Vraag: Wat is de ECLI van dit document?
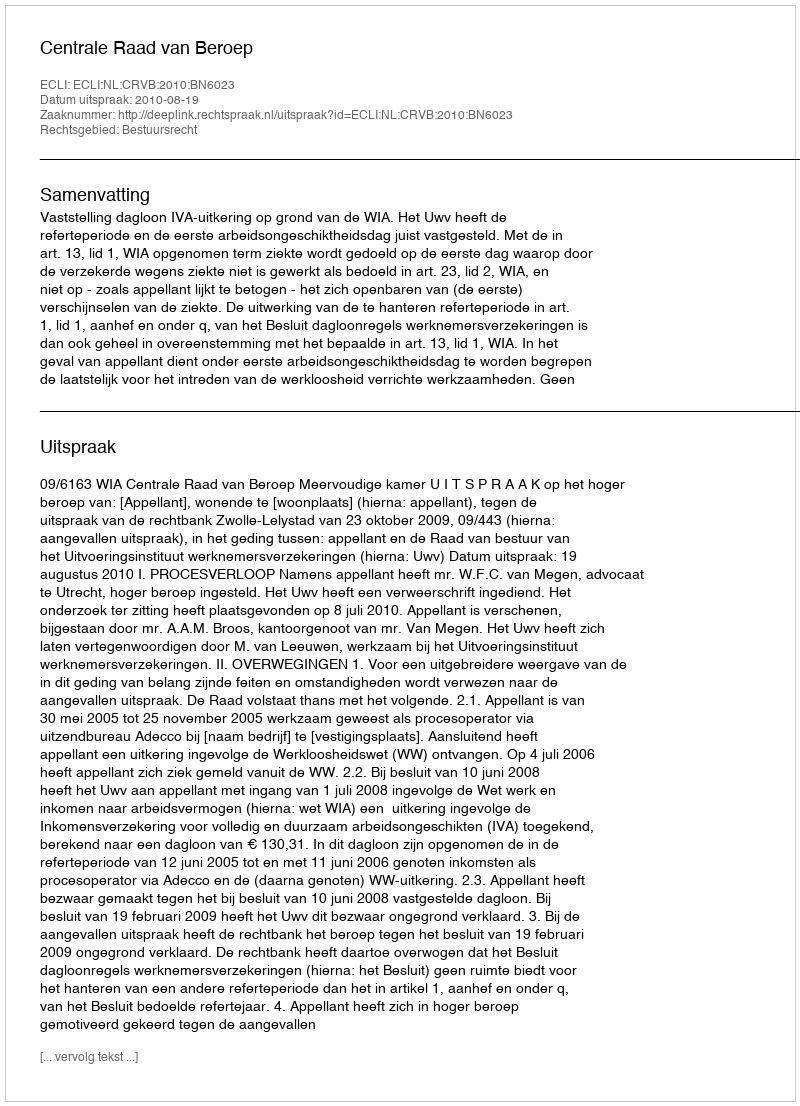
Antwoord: ECLI:NL:CRVB:2010:BN6023